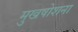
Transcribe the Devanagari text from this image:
मुखषोशना